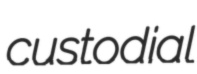
custodial